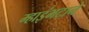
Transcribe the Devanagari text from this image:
म्हाइंभटाने